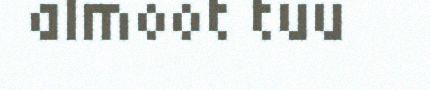
almoot tuu